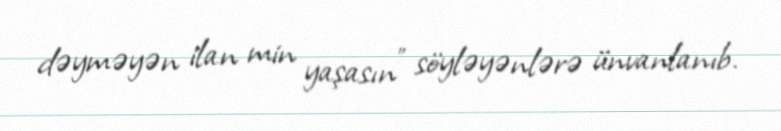
dəyməyən ilan min yaşasın” söyləyənlərə ünvanlanıb.